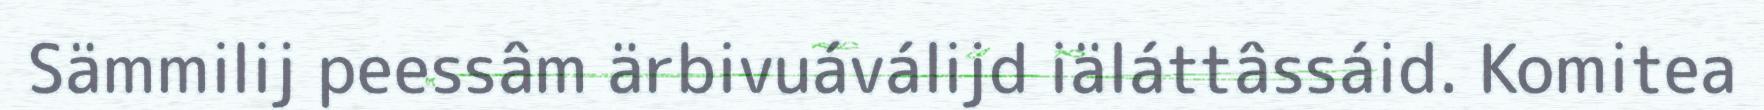
Sämmilij peessâm ärbivuáválijd iäláttâssáid. Komitea